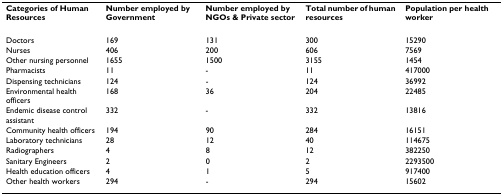
| Categories of Human Resources | Number employed by Government | Number employed by NGOs & Private sector | Total number of human resources | Population per health worker |
 | --- | --- | --- | --- | --- |
 | Doctors | 169 | 131 | 300 | 15290 |
 | Nurses | 406 | 200 | 606 | 7569 |
 | Other nursing personnel | 1655 | 1500 | 3155 | 1454 |
 | Pharmacists | 11 | - | 11 | 417000 |
 | Dispensing technicians | 124 | - | 124 | 36992 |
 | Environmental health officers | 168 | 36 | 204 | 22485 |
 | Endemic disease control assistant | 332 | - | 332 | 13816 |
 | Community health officers | 194 | 90 | 284 | 16151 |
 | Laboratory technicians | 28 | 12 | 40 | 114675 |
 | Radiographers | 4 | 8 | 12 | 382250 |
 | Sanitary Engineers | 2 | 0 | 2 | 2293500 |
 | Health education officers | 4 | 1 | 5 | 917400 |
 | Other health workers | 294 | - | 294 | 15602 |